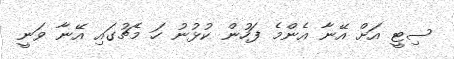
ސިޓީ އަށް އޭނާ އެންމެ ފަހުން ކުޅުނު ހަ މެޗުގައި އޭނާ ވަނީ